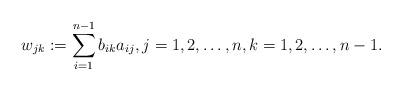
LaTeX: \begin{align*}w_{jk}:=\sum_{i=1}^{n-1} b_{ik}a_{ij}, j=1,2,\ldots,n, k=1,2,\ldots,n-1.\end{align*}